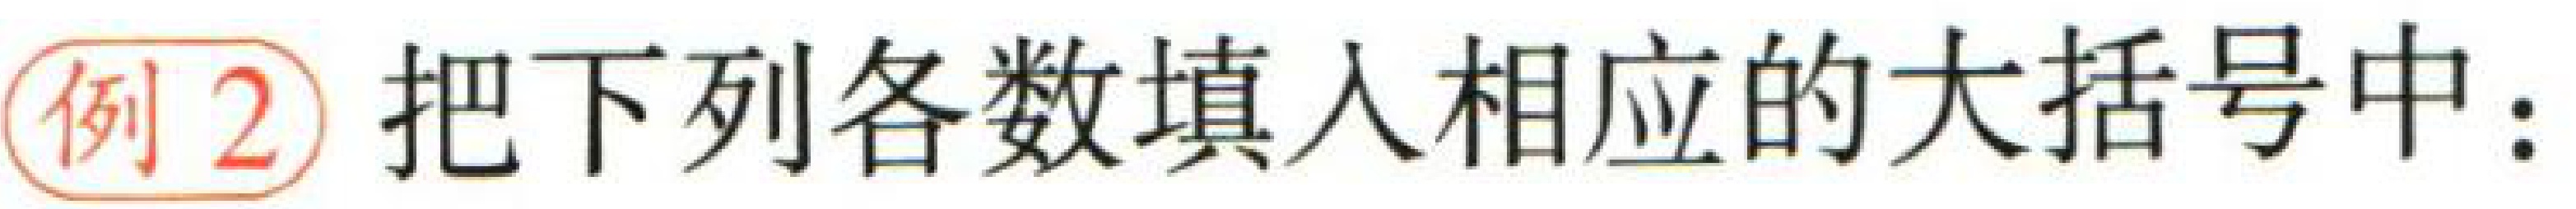
例2 把下列各数填入相应的大括号中：